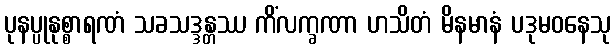
ပုနပ္ပုနုစ္စာရဏံ သခသဒ္ဒန္တဿ ကိံလက္ခဏာ ဟသိတံ မိနမာနံ ပဒုမဝနေသု